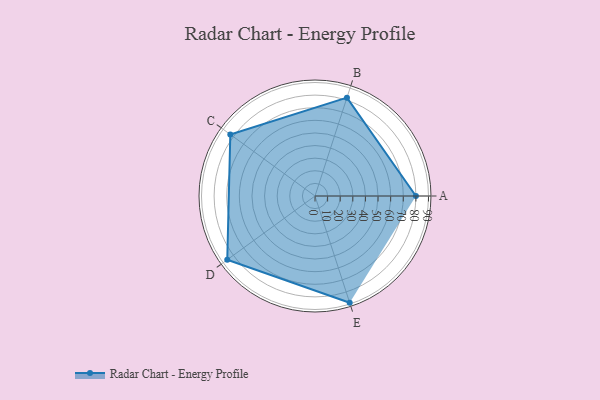
{"axis": {"x": "Skill", "y": "Score"}, "legend": ["Profile"], "data": [{"x": "A", "y": 80.0, "type": "Profile"}, {"x": "B", "y": 82.0, "type": "Profile"}, {"x": "C", "y": 83.0, "type": "Profile"}, {"x": "D", "y": 86.0, "type": "Profile"}, {"x": "E", "y": 89.0, "type": "Profile"}]}